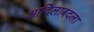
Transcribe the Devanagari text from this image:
आदिलाबदला